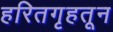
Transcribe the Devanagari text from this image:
हरितगृहतून